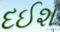
દઈશ